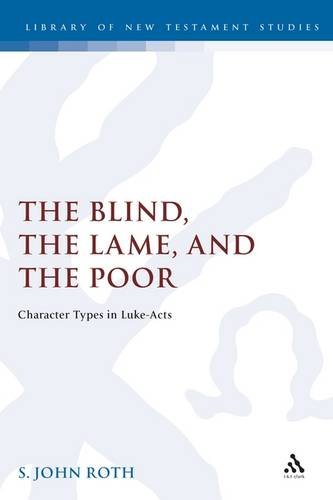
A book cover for Blind, the Lame and the Poor: Study of Character Types in Luke-Acts (Journal for the Study of the New Testament Supplement); S.John Roth; Christian Books & Bibles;